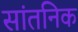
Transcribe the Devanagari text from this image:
सांतनिक